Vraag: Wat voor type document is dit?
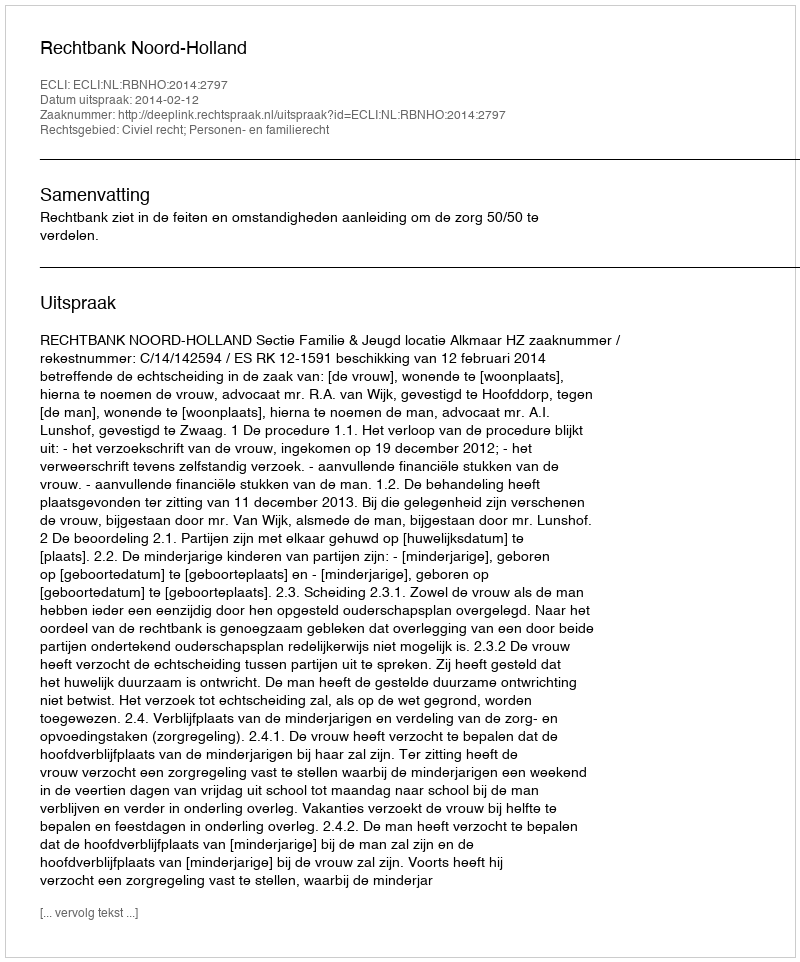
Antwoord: Uitspraak